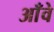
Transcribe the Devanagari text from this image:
आँवे